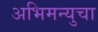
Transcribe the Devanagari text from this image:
अभिमन्युचा